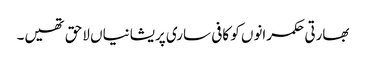
بھارتی حکمرانوں کو کافی ساری پریشانیاں لاحق تھیں۔